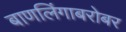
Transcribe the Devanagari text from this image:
बाणलिंगाबरोबर